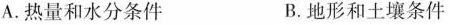
A.热量和水分条件 B.地形和土壤条件